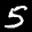
Label: 5